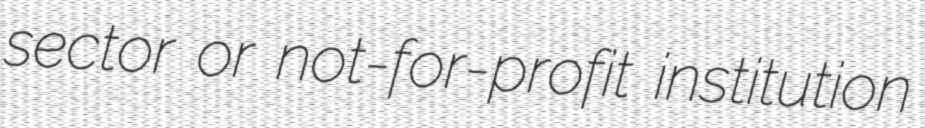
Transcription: sector or not-for-profit institution